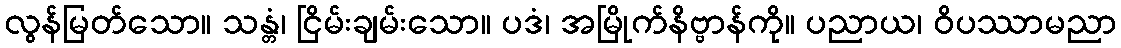
လွန်မြတ်သော။ သန္တံ၊ ငြိမ်းချမ်းသော။ ပဒံ၊ အမြိုက်နိဗ္ဗာန်ကို။ ပညာယ၊ ဝိပဿာမညာ